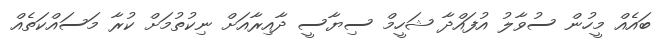
ބައެއް މީހުން ސުވާލު އުފައްދާ ޝަހީމް ސިޔާސީ ދާއިރާއަށް ނިކުތުމަށް ކުރާ މަސައްކަތެއް